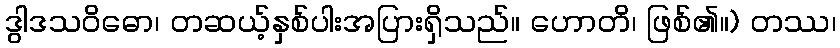
ဒွါဒသဝိဓော၊ တဆယ့်နှစ်ပါးအပြားရှိသည်။ ဟောတိ၊ ဖြစ်၏။) တဿ၊